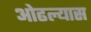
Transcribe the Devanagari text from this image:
ओढल्यास